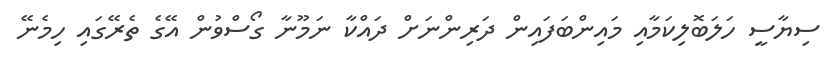
ސިޔާސީ ހަލަބޮލިކަމާއި މައިންބަފައިން ދަރިންނަށް ދައްކާ ނަމޫނާ ގޯސްވުން އޭގެ ތެރޭގައި ހިމެނޭ